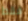
فقط